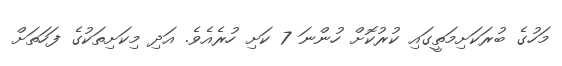
މަހުގެ ބުރަކަށިމަތީގައި ކުރުކޮށް ހުންނަ 7 ކަށި ހުރެއެވެ. އަދި މިކަށިތަކުގެ ފަހަތަށް